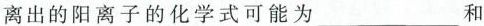
离出的阳离子的化学式可能为___和